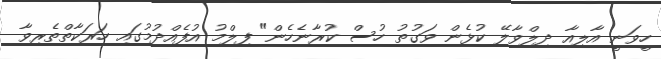
ހީވަނީ އާލިއާ ދިލްވާލޭ ކުޅެން ވަގުތު ހުސް ކުރާނެހެން" ފިލްމު އުފެއްދުމުގައި ހަރަކާތްތެރިވާ